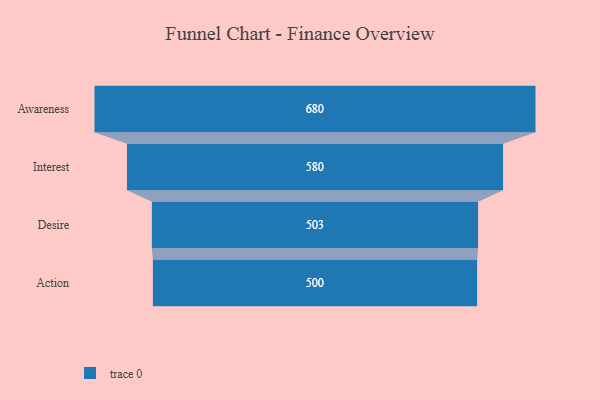
{"axis": {"x": "Stage", "y": "Value"}, "legend": [""], "data": [{"x": "Awareness", "y": 680.0, "type": ""}, {"x": "Interest", "y": 580.0, "type": ""}, {"x": "Desire", "y": 503.0, "type": ""}, {"x": "Action", "y": 500, "type": ""}]}